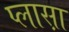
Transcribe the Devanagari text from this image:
प्लास़ा